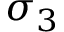
\sigma _ { 3 }